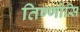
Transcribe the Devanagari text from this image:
तिण्णोसि